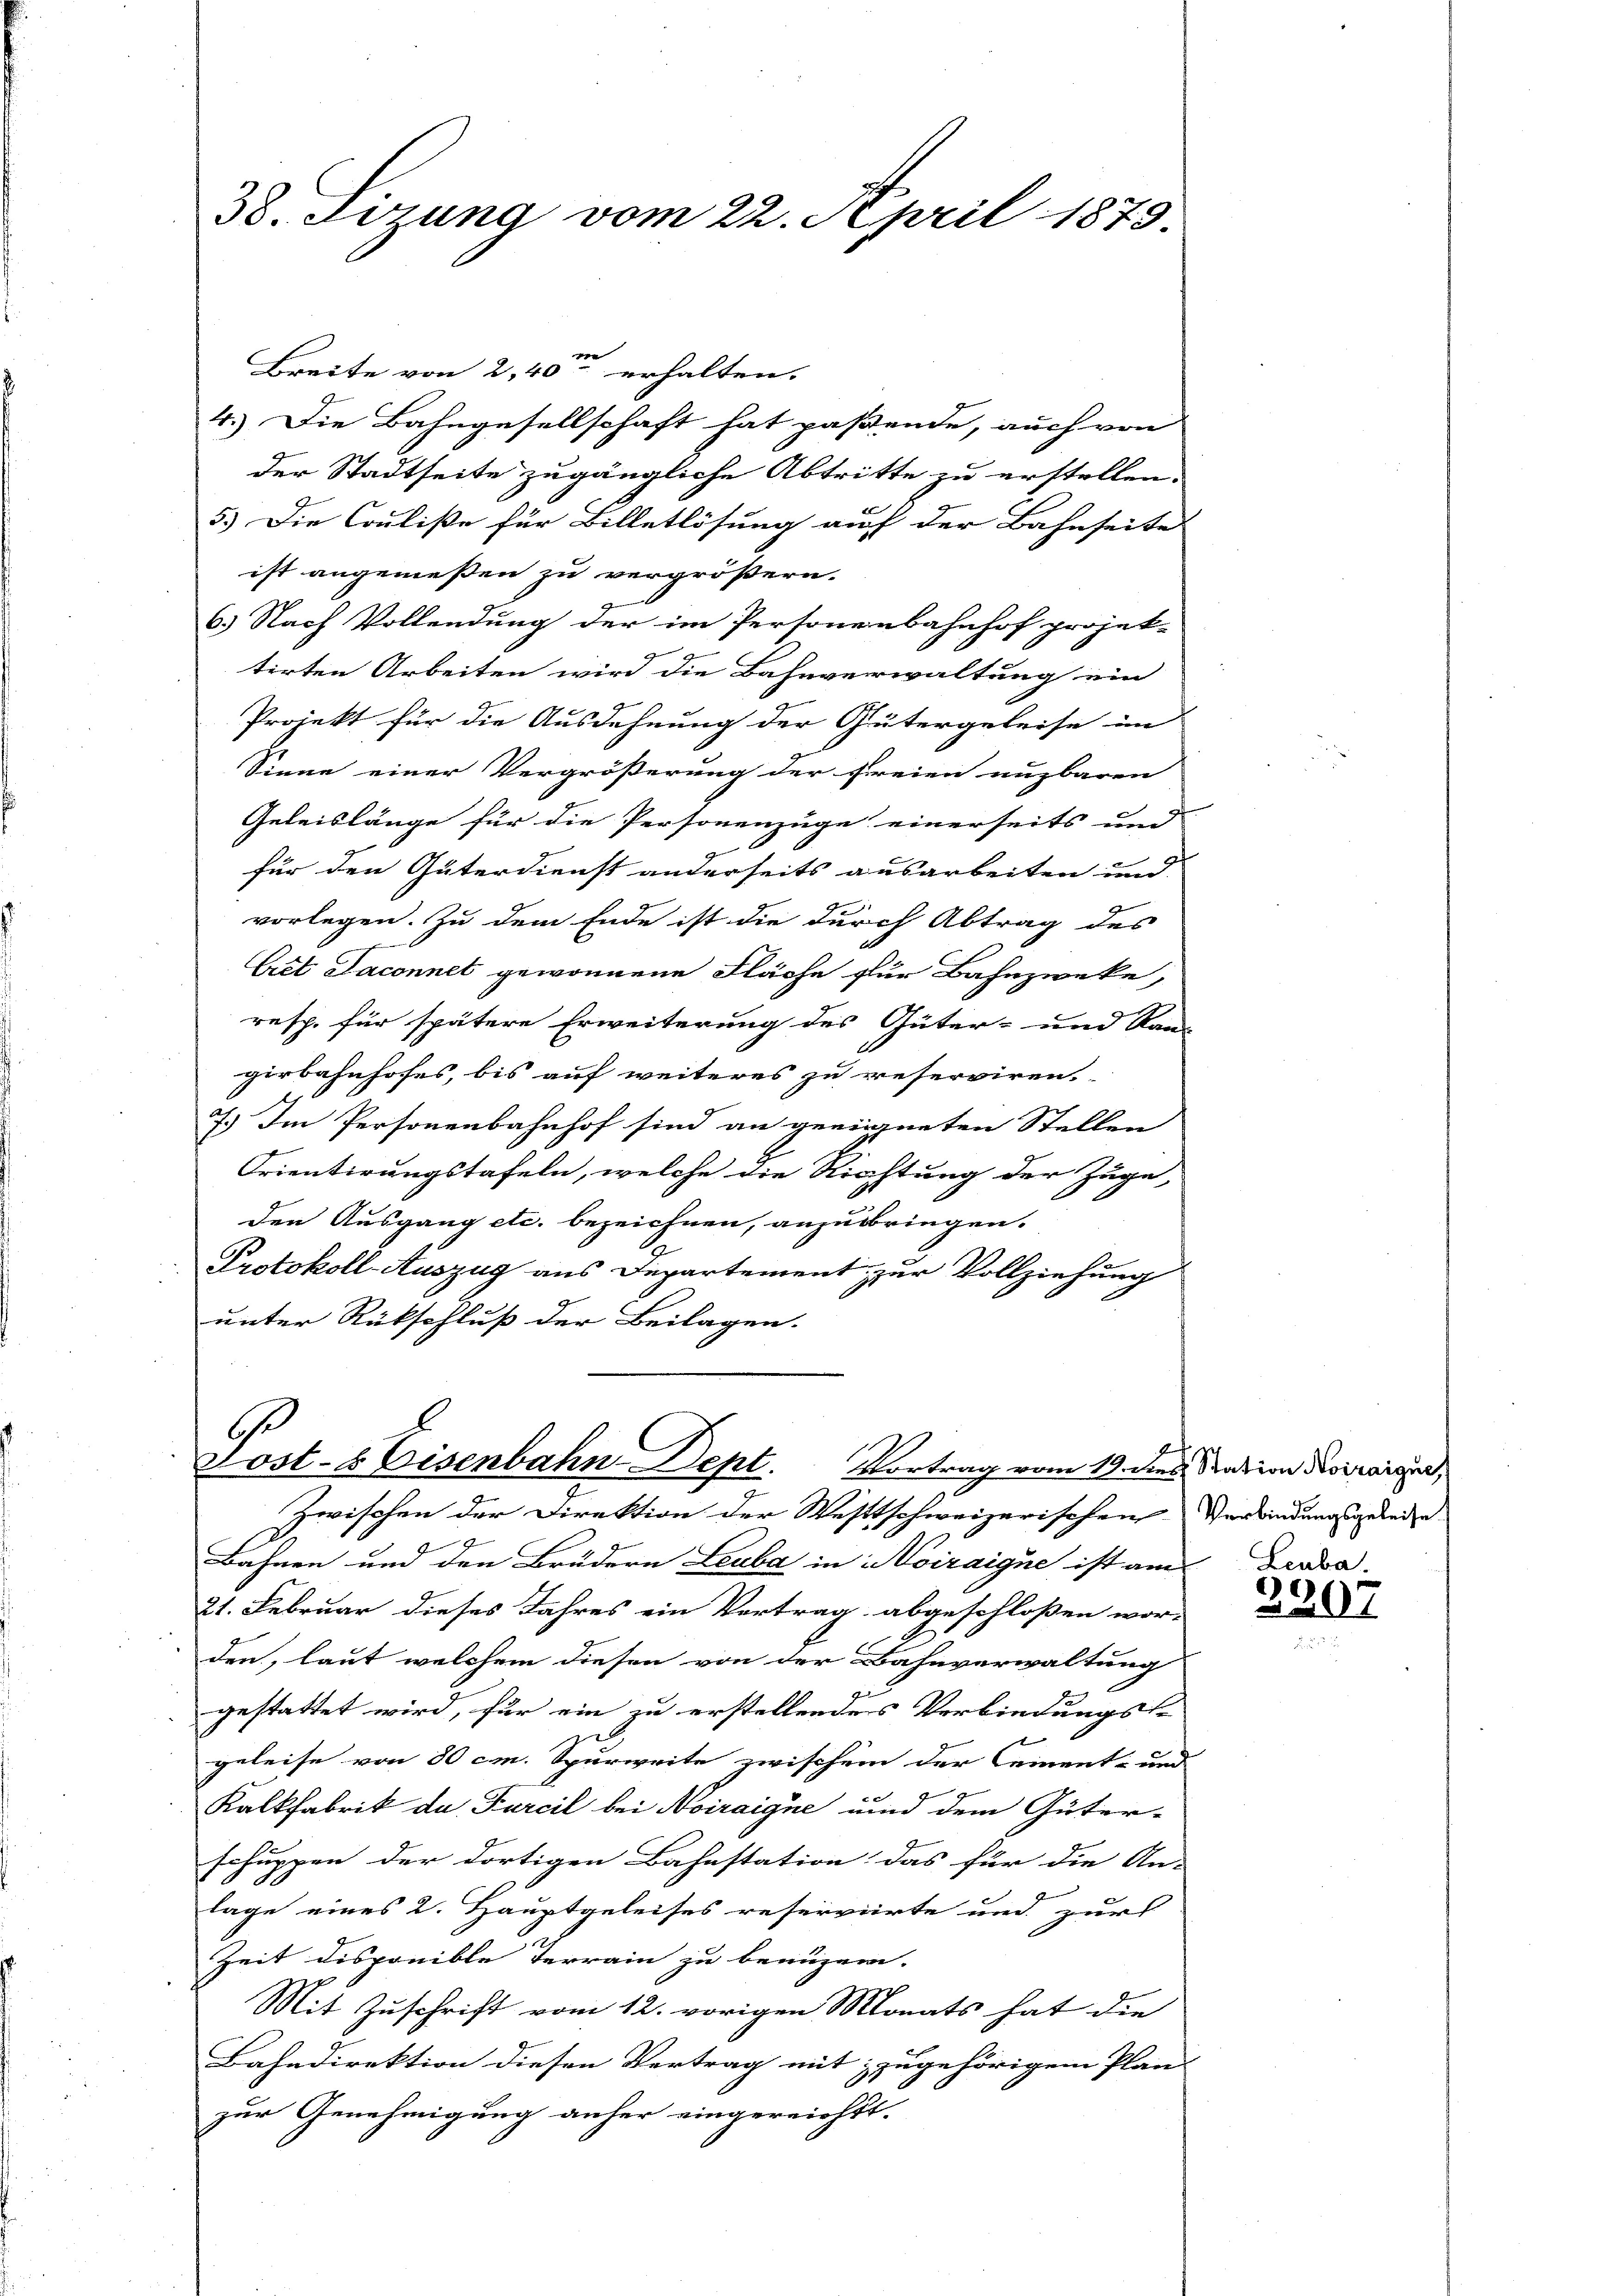
38. Sizung vom 22. April 1873.

e
Breite von 240 erhalten.
4.) Die Bahngesellschaft hat paßende, auch von
der Stadtseite zugängliche Abtritte zu erstellen.
5.) Die Coulisse für Billetlösung auf der Bahnseite
ist angemessen zu vergrößern.
6. Nach Vollendung der im Personenbahnhof projek-
tirten Arbeiten wird die Bahnverwaltung ein
Projekt für die Ausdehnung der Gütergeleise im
Sinne einer Vergrößerung der Freien nuzbaren
Geleislänge für die Personenzüge einerseits und
für den Güterdienst anderseits ausarbeiten und
vorlegen. Zu dem Ende ist die durch Abtrag des
Cet Daconnet gewonnene Fläche zur Bahnzweke,
resp. für spätere Erweiterung des Güter- und Rau
gerbahnhofes, bis auf weiteres zu reserviren.
7.) Im Personenbahnhof sind an geeigneten Stellen
Trientirungstafeln, welche die Richtung der Zuge,
den Ausgang etc. bezeichnen, anzubringen.
Protokoll-Auszug aus Departement zur Vollziehung
unter Rückschluß der Beilagen.

.
Post- & Eisenbahn Dept. Vortrag vom 19. dies Nation droiraiser,
Zwischen der Direktion der Westtschweizerischen Verbindungsgeleie

Bahnen und den Brüdern Leuba in Moiraigne ist am
21. Februar dieses Jahres ein Vertrag abgeschloßen wor-
den, laut welchem diesen von der Bahnverwaltung
gestattet wird, für ein zu erstellendes Verbindungs-
geleise von 30 cm. Spürweite zwischem der Cement- und
Kalkfabrik da Parcil bei Noiraigne und dem Güter-
schuppen der dortigen Bahnstation das für die An- |
lage eines 2. Hauptgeleises reservierte und zur
Zeit disponible Terrain zu benuzern.
Mit Zuschrift vom 12. vorigen Monats hat die
Bahndirektion diesen Vertrag mit zugehörigem Plan-
zur Genehmigung anher eingereichtt.

Leuba
2207